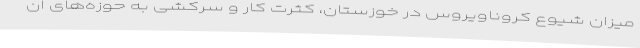
میزان شیوع کروناویروس در خوزستان، کثرت کار و سرکشی به حوزه‌های ان